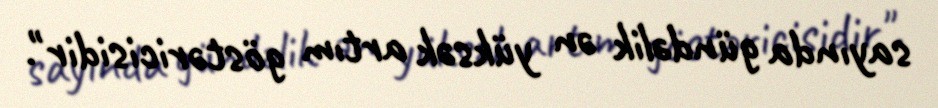
sayında gündəlik ən yüksək artım göstəricisidir".